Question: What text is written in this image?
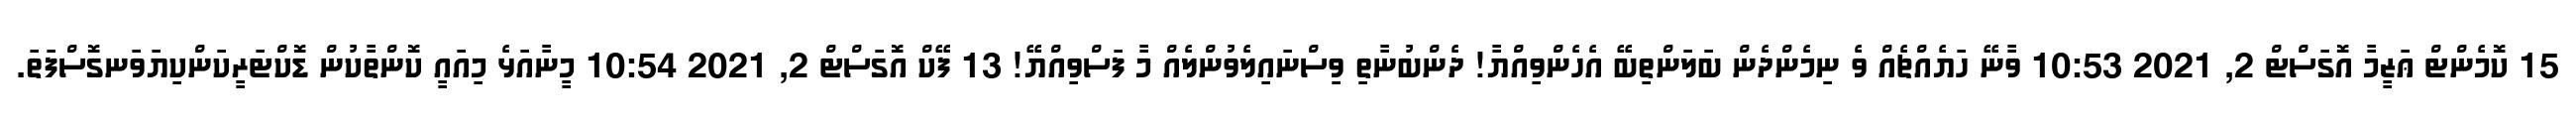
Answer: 15 ކޮމެންޓް ޢަޒީމާ އޮގަސްޓް 2, 2021 10:53 ވާނޭ ހަޔެއްޗެއް ވެ ނިމެންދެން ބަލަންތިބޭ އެހެންވިއްޔާ! ދެންބުނާތި ވިސްނައިލެވުންލެއް މާ ފަސްވިއްޔޭ! 13 ފޭކް އޮގަސްޓް 2, 2021 10:54 މީނާއަޅެ މިއައީ ކޮންތާކުން ޑޮކްޓަރީކަންކިޔަވަނގޮސްފަތަ.